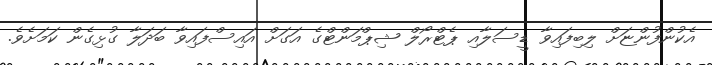
އެކުންފުންޏަށް ލިބިފައިވާ ޑީސަލާއި ޕެޓްރޯލް ޝިޕްމަންޓްގެ އަގަށް އައިސްފައިވާ ބަދަލާ ގުޅިގެން ކަމަށެވެ.